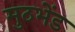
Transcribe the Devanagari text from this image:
मुठभेंड